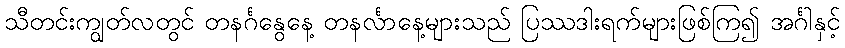
သီတင်းကျွတ်လတွင် တနင်္ဂနွေနေ့ တနင်္လာနေ့များသည် ပြဿဒါးရက်များဖြစ်ကြ၍ အင်္ဂါနှင့်